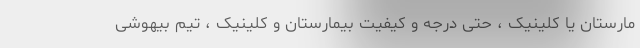
مارستان یا کلینیک ، حتی درجه و کیفیت بیمارستان و کلینیک ، تیم بیهوشی